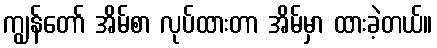
ကျွန်တော် အိမ်စာ လုပ်ထားတာ အိမ်မှာ ထားခဲ့တယ်။